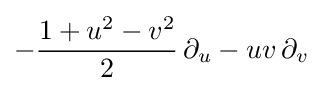
-{\frac {1+u^{2}-v^{2}}{2}}\,\partial _{u}-uv\,\partial _{v}